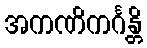
အကဏိကင်္ဂန္တိ